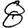
Digit: 8